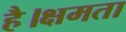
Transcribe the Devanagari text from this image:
है।क्षमता